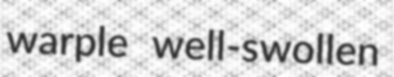
warple well-swollen